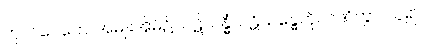
ကုလဂေဟေ၊ အမျိုးအိမ်၌။ ပဋိသန္ဓိံ၊ ပဋိသန္ဓေကို။ ဂဏှိတွာ၊ ယူ၍။